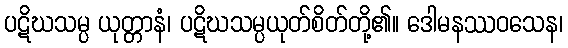
ပဋိဃသမ္ပ ယုတ္တာနံ၊ ပဋိဃသမ္ပယုတ်စိတ်တို့၏။ ဒေါမနဿဝသေန၊